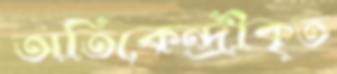
অতিকেন্দ্রীকৃত